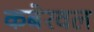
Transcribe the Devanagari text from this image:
कबेरवल